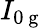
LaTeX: I_{0\mathrm{~g~}}